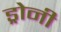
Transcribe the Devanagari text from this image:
ड्रोनी